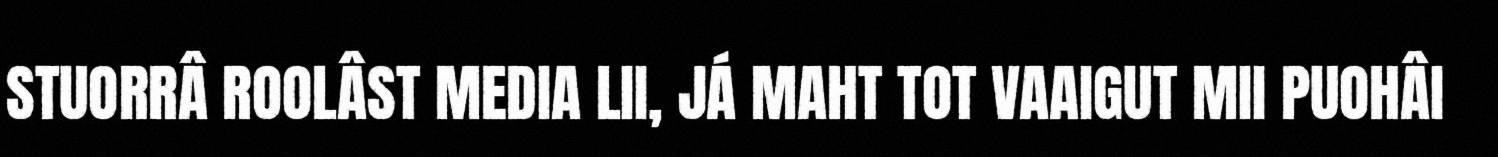
STUORRÂ ROOLÂST MEDIA LII, JÁ MAHT TOT VAAIGUT MII PUOHÂI